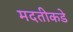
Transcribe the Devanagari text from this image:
मदतीकडे